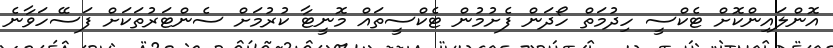
އޮންލައިންކޮށް ޓެކްސީ ހިދުމަތް ހޯދަން ފެށުމުން ޓެކްސީތައް މޮނީޓާ ކުރުމަށް ސެންޓަރުތަކަށް ފަސޭހަވާނެ